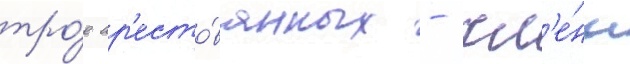
тро́е ар'есто́ванных - чл'е́ны